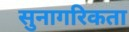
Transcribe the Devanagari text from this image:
सुनागरिकता